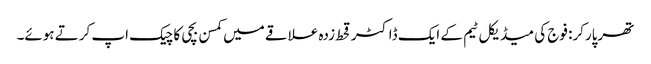
تھرپارکر: فوج کی میڈیکل ٹیم کے ایک ڈاکٹر قحط زدہ علاقے میں کمسن بچی کا چیک اپ کرتے ہوئے۔